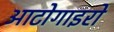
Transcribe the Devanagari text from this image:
आटोगाइरो